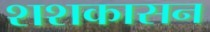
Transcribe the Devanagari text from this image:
शशकासन